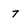
Character: 7